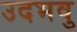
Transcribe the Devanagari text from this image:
उदभवु